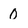
Character: 0